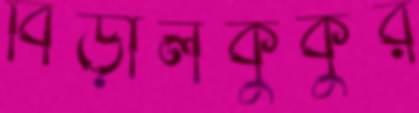
বিড়ালকুকুর